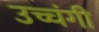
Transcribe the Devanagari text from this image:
उच्चंगी